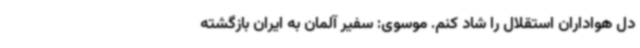
دل هواداران استقلال را شاد کنم. موسوی: سفیر آلمان به ایران بازگشته